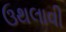
ઉથલાવી